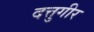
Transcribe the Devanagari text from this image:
दत्तुगीर